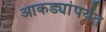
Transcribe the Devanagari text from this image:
आकड्यांपर्यंत